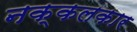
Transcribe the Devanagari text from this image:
नक्कलकार